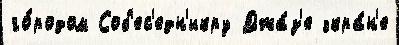
го́родом Соб'ес'едн'икру Джа́з'е экра́н'е